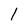
Character: 1